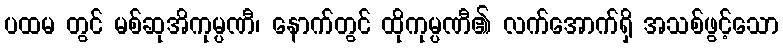
ပထမ တွင် မစ်ဆုအိကုမ္ပဏီ၊ နောက်တွင် ထိုကုမ္ပဏီ၏ လက်အောက်ရှိ အသစ်ဖွင့်သော